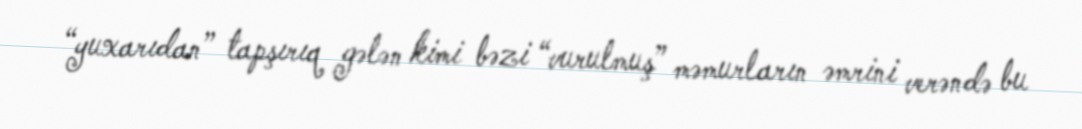
“yuxarıdan” tapşırıq gələn kimi bəzi “vurulmuş” məmurların əmrini verəndə bu